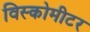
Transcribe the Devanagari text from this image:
विस्कोमीटर